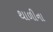
થાળીના